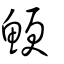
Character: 鯁